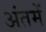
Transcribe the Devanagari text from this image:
अंतमें